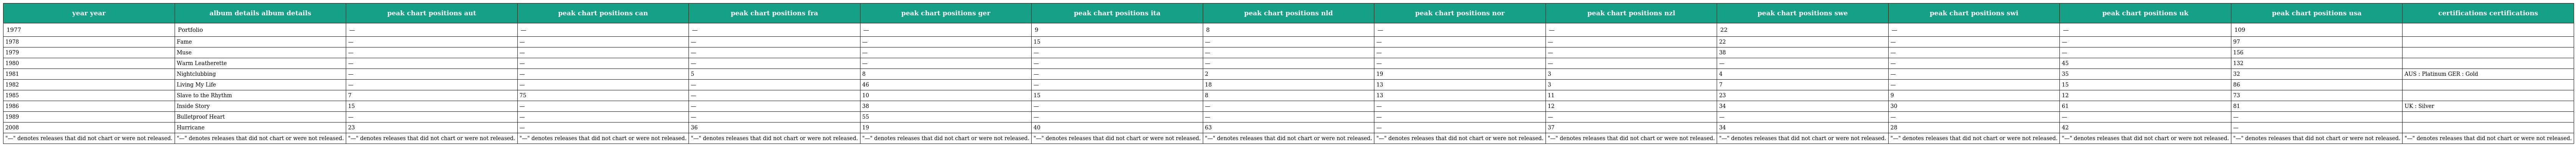
| year year | album details album details | peak chart positions aut | peak chart positions can | peak chart positions fra | peak chart positions ger | peak chart positions ita | peak chart positions nld | peak chart positions nor | peak chart positions nzl | peak chart positions swe | peak chart positions swi | peak chart positions uk | peak chart positions usa | certifications certifications |
 | --- | --- | --- | --- | --- | --- | --- | --- | --- | --- | --- | --- | --- | --- | --- |
 | 1977 | Portfolio | — | — | — | — | 9 | 8 | — | — | 22 | — | — | 109 |  |
 | 1978 | Fame | — | — | — | — | 15 | — | — | — | 22 | — | — | 97 |  |
 | 1979 | Muse | — | — | — | — | — | — | — | — | 38 | — | — | 156 |  |
 | 1980 | Warm Leatherette | — | — | — | — | — | — | — | — | — | — | 45 | 132 |  |
 | 1981 | Nightclubbing | — | — | 5 | 8 | — | 2 | 19 | 3 | 4 | — | 35 | 32 | AUS : Platinum GER : Gold |
 | 1982 | Living My Life | — | — | — | 46 | — | 18 | 13 | 3 | 7 | — | 15 | 86 |  |
 | 1985 | Slave to the Rhythm | 7 | 75 | — | 10 | 15 | 8 | 13 | 11 | 23 | 9 | 12 | 73 |  |
 | 1986 | Inside Story | 15 | — | — | 38 | — | — | — | 12 | 34 | 30 | 61 | 81 | UK : Silver |
 | 1989 | Bulletproof Heart | — | — | — | 55 | — | — | — | — | — | — | — | — |  |
 | 2008 | Hurricane | 23 | — | 36 | 19 | 40 | 63 | — | 37 | 34 | 28 | 42 | — |  |
 | "—" denotes releases that did not chart or were not released. | "—" denotes releases that did not chart or were not released. | "—" denotes releases that did not chart or were not released. | "—" denotes releases that did not chart or were not released. | "—" denotes releases that did not chart or were not released. | "—" denotes releases that did not chart or were not released. | "—" denotes releases that did not chart or were not released. | "—" denotes releases that did not chart or were not released. | "—" denotes releases that did not chart or were not released. | "—" denotes releases that did not chart or were not released. | "—" denotes releases that did not chart or were not released. | "—" denotes releases that did not chart or were not released. | "—" denotes releases that did not chart or were not released. | "—" denotes releases that did not chart or were not released. | "—" denotes releases that did not chart or were not released. |